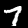
Label: 7